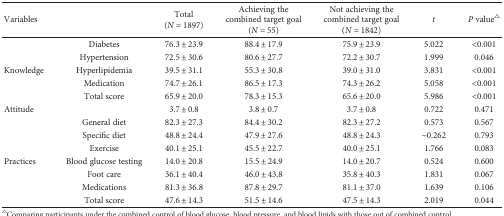
| <COLSPAN=2> Variables | Total(N = 1897) | Achieving the combined target goal(N = 55) | Not achieving the combined target goal(N = 1842) | t | P value△ |
 | --- | --- | --- | --- | --- | --- | --- |
 | <ROWSPAN=5> Knowledge | Diabetes | 76.3 ± 23.9 | 88.4 ± 17.9 | 75.9 ± 23.9 | 5.022 | <0.001 |
 | Hypertension | 72.5 ± 30.6 | 80.6 ± 27.7 | 72.2 ± 30.7 | 1.999 | 0.046 |
 | Hyperlipidemia | 39.5 ± 31.1 | 55.3 ± 30.8 | 39.0 ± 31.0 | 3.831 | <0.001 |
 | Medication | 74.7 ± 26.1 | 86.5 ± 17.3 | 74.3 ± 26.2 | 5.058 | <0.001 |
 | Total score | 65.9 ± 20.0 | 78.3 ± 15.3 | 65.6 ± 20.0 | 5.986 | <0.001 |
 | Attitude |  | 3.7 ± 0.8 | 3.8 ± 0.7 | 3.7 ± 0.8 | 0.722 | 0.471 |
 | <ROWSPAN=7> Practices | General diet | 82.3 ± 27.3 | 84.4 ± 30.2 | 82.3 ± 27.2 | 0.573 | 0.567 |
 | Specific diet | 48.8 ± 24.4 | 47.9 ± 27.6 | 48.8 ± 24.3 | −0.262 | 0.793 |
 | Exercise | 40.1 ± 25.1 | 45.5 ± 22.7 | 40.0 ± 25.1 | 1.766 | 0.083 |
 | Blood glucose testing | 14.0 ± 20.8 | 15.5 ± 24.9 | 14.0 ± 20.7 | 0.524 | 0.600 |
 | Foot care | 36.1 ± 40.4 | 46.0 ± 43.8 | 35.8 ± 40.3 | 1.831 | 0.067 |
 | Medications | 81.3 ± 36.8 | 87.8 ± 29.7 | 81.1 ± 37.0 | 1.639 | 0.106 |
 | Total score | 47.6 ± 14.3 | 51.5 ± 14.6 | 47.5 ± 14.3 | 2.019 | 0.044 |